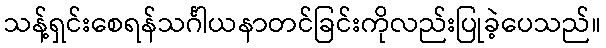
သန့်ရှင်းစေရန်သင်္ဂါယနာတင်ခြင်းကိုလည်းပြုခဲ့ပေသည်။